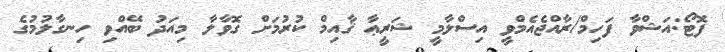
ފޮޓޯ:އަޝްވާ ފަހިމް/ރާއްޖެއެމްވީ އިސްލާމީ ޝަރީޢާ ޤާއިމް ކުރުމަށް ގޮވާލާ މިއަދު ބޭއްވި ހިނގާލުމުގެ